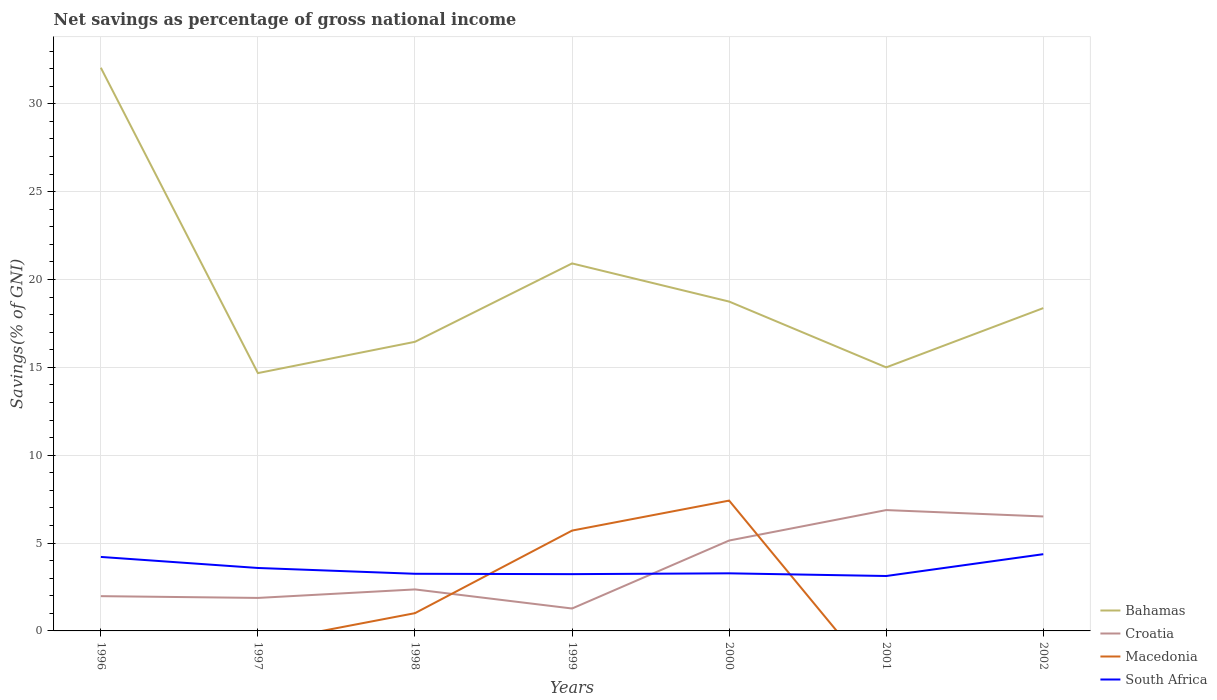
| Years | Bahamas | Croatia | Macedonia | South Africa |
 | --- | --- | --- | --- | --- |
 | 1996 | 32 | 1.98 | -1.03 | 4.21 |
 | 1997 | 14.7 | 1.88 | -0.696 | 3.58 |
 | 1998 | 16.5 | 2.36 | 1.01 | 3.25 |
 | 1999 | 20.9 | 1.28 | 5.71 | 3.23 |
 | 2000 | 18.7 | 5.14 | 7.42 | 3.28 |
 | 2001 | 15 | 6.88 | -3.41 | 3.13 |
 | 2002 | 18.4 | 6.51 | -3.3 | 4.37 |